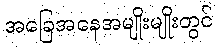
အခြေအနေအမျိုးမျိုးတွင်